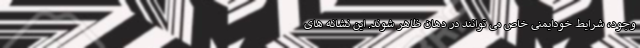
وجود، شرایط خودایمنی خاص می توانند در دهان ظاهر شوند. این نشانه های